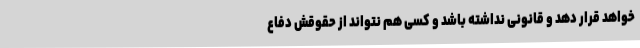
‌خواهد قرار دهد و قانونی نداشته باشد و کسی هم نتواند از حقوقش دفاع